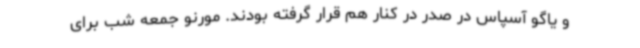
و یاگو آسپاس در صدر در کنار هم قرار گرفته بودند. مورنو جمعه شب برای